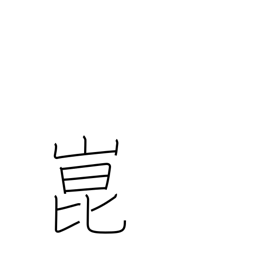
Meaning: place name